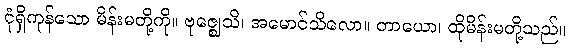
ငုံရှိကုန်သော မိန်းမတို့ကို။ ဗုဇ္ဈေသိ၊ အမောင်သိလော။ တာယော၊ ထိုမိန်းမတို့သည်။